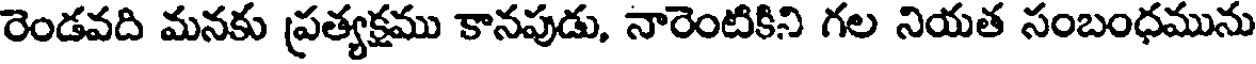
రెండవది మనకు ప్రత్యక్షము కానపుడు, నారెంటికిని గల నియత సంబంధమును